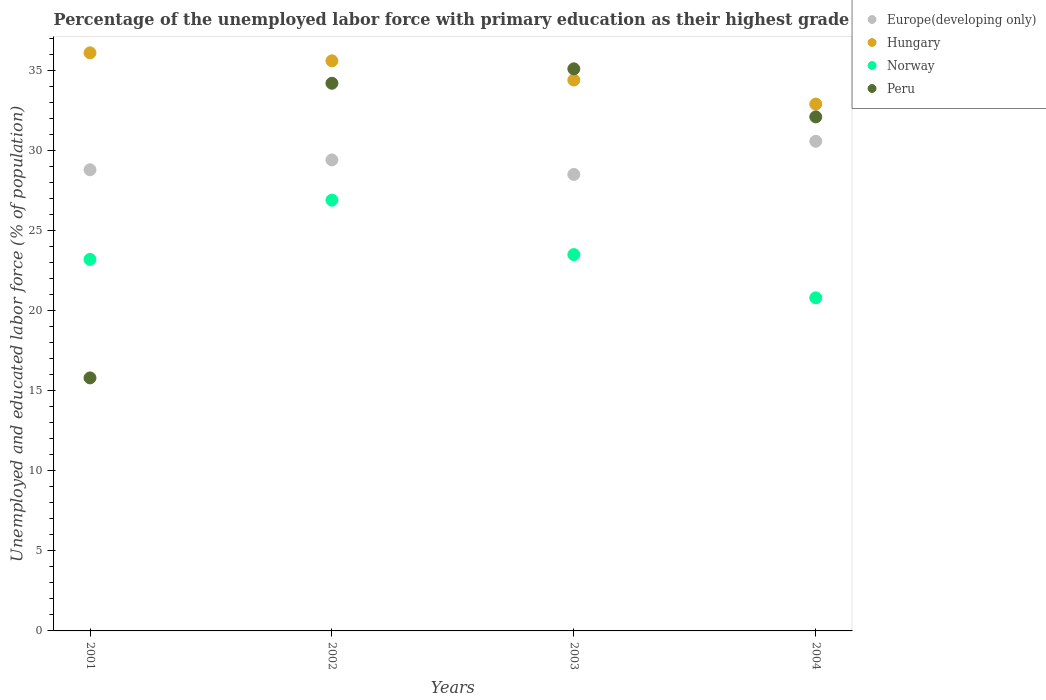
| Years | Europe(developing only) | Hungary | Norway | Peru |
 | --- | --- | --- | --- | --- |
 | 2001 | 28.8 | 36.1 | 23.2 | 15.8 |
 | 2002 | 29.4 | 35.6 | 26.9 | 34.2 |
 | 2003 | 28.5 | 34.4 | 23.5 | 35.1 |
 | 2004 | 30.6 | 32.9 | 20.8 | 32.1 |